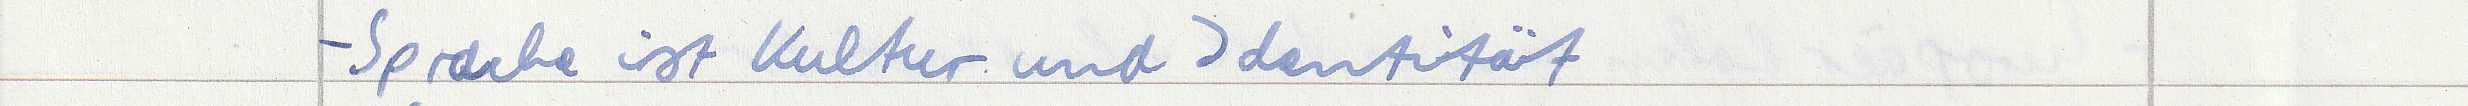
- Sprache ist Kultur und Identität